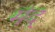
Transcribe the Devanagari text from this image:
मंद्